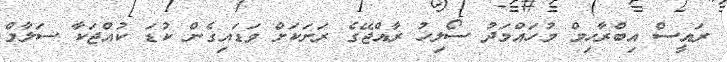
ރައީސް އިބްރާހިމް މުހައްމަދު ސޯލިހު ރާއްޖޭގެ ރަށަކަށް ވަޑައިގެން ކުޑަ ކުއްޖަކާ ސަލާމް